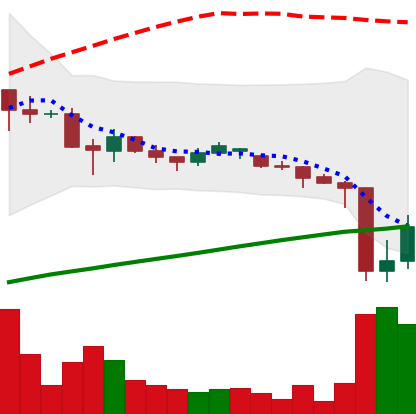
Ticker: DOGE-USD
Chart end date: 2021-06-23
Forward return: 10.631%
Label: up_7plus